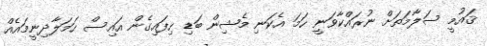
ޤައުމީ ސަލާމަތަށް ނުރައްކާވަނީ ހަމަ އެކަނި މެޝިން ބަޑި ހިފައިގެން އައިސް ހަމަލާދިނީމައެއް